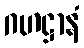
ဂဟဋ္ဌာနံ